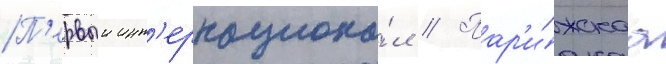
П'ервыи инт'ернациона́л // Пар'и́жскаа